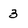
Character: 3